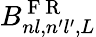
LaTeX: B_{nl,n^{\prime}l^{\prime},L}^{\mathrm{~F~R~}}